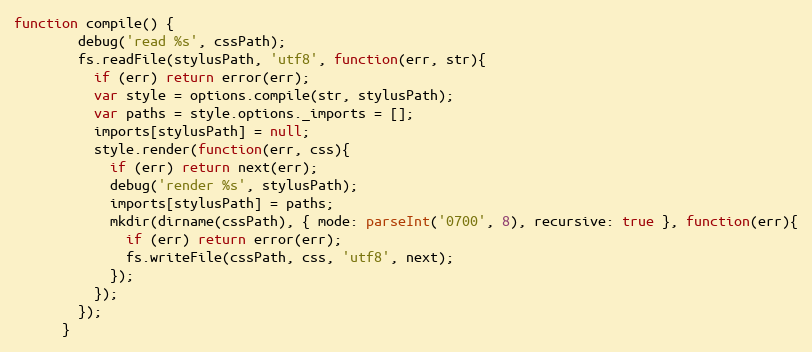
Language: JavaScript
function compile() {
        debug('read %s', cssPath);
        fs.readFile(stylusPath, 'utf8', function(err, str){
          if (err) return error(err);
          var style = options.compile(str, stylusPath);
          var paths = style.options._imports = [];
          imports[stylusPath] = null;
          style.render(function(err, css){
            if (err) return next(err);
            debug('render %s', stylusPath);
            imports[stylusPath] = paths;
            mkdir(dirname(cssPath), { mode: parseInt('0700', 8), recursive: true }, function(err){
              if (err) return error(err);
              fs.writeFile(cssPath, css, 'utf8', next);
            });
          });
        });
      }